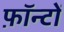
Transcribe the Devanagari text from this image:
फ़ॉन्टों